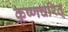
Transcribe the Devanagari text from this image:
कृष्णचरित्